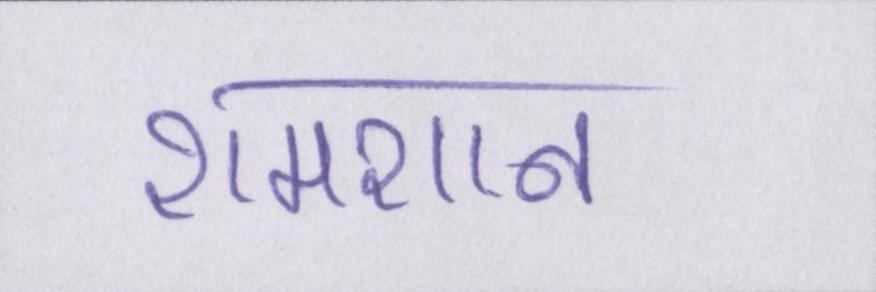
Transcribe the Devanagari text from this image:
शमशान